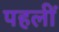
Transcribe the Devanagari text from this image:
पहलीं